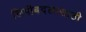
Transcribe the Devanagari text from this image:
लिपीबदलासाठी